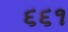
૬૬૧